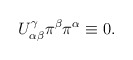
\begin{align*}U^\gamma_{\alpha\beta}\pi^\beta\pi^\alpha\equiv 0.\end{align*}